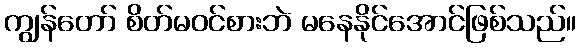
ကျွန်တော် စိတ်မဝင်စားဘဲ မနေနိုင်အောင်ဖြစ်သည်။